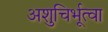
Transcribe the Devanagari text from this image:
अशुचिर्भूत्वा